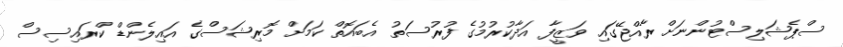
ސްޕެޝަލިސްޓުންނަށް ރާއްޖޭގައި ވަޒީފާ އަދާކުރުމުގެ ފުރުސަތު އެބައޮތް ކަމަށް މޮރިޝަސްގެ އައިލެންޑް ކްރައިސިސް